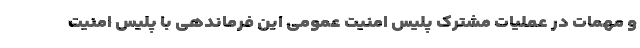
و مهمات در عملیات مشترک پلیس امنیت عمومی این فرماندهی با پلیس امنیت